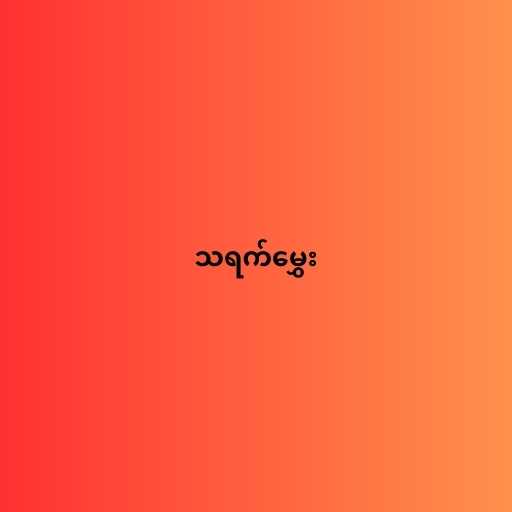
သရက်မွှေး